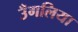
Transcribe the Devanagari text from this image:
उँगलिया